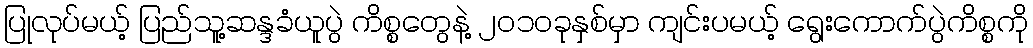
ပြုလုပ်မယ့် ပြည်သူ့ဆန္ဒခံယူပွဲ ကိစ္စတွေနဲ့ ၂၀၁၀ခုနှစ်မှာ ကျင်းပမယ့် ရွေးကောက်ပွဲကိစ္စကို